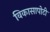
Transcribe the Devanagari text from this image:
विकासापोटी